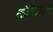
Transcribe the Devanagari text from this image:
कोकैयस